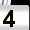
Digit: 4